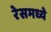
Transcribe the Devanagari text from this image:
रेसमध्ये